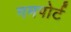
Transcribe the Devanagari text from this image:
गमपोर्ट